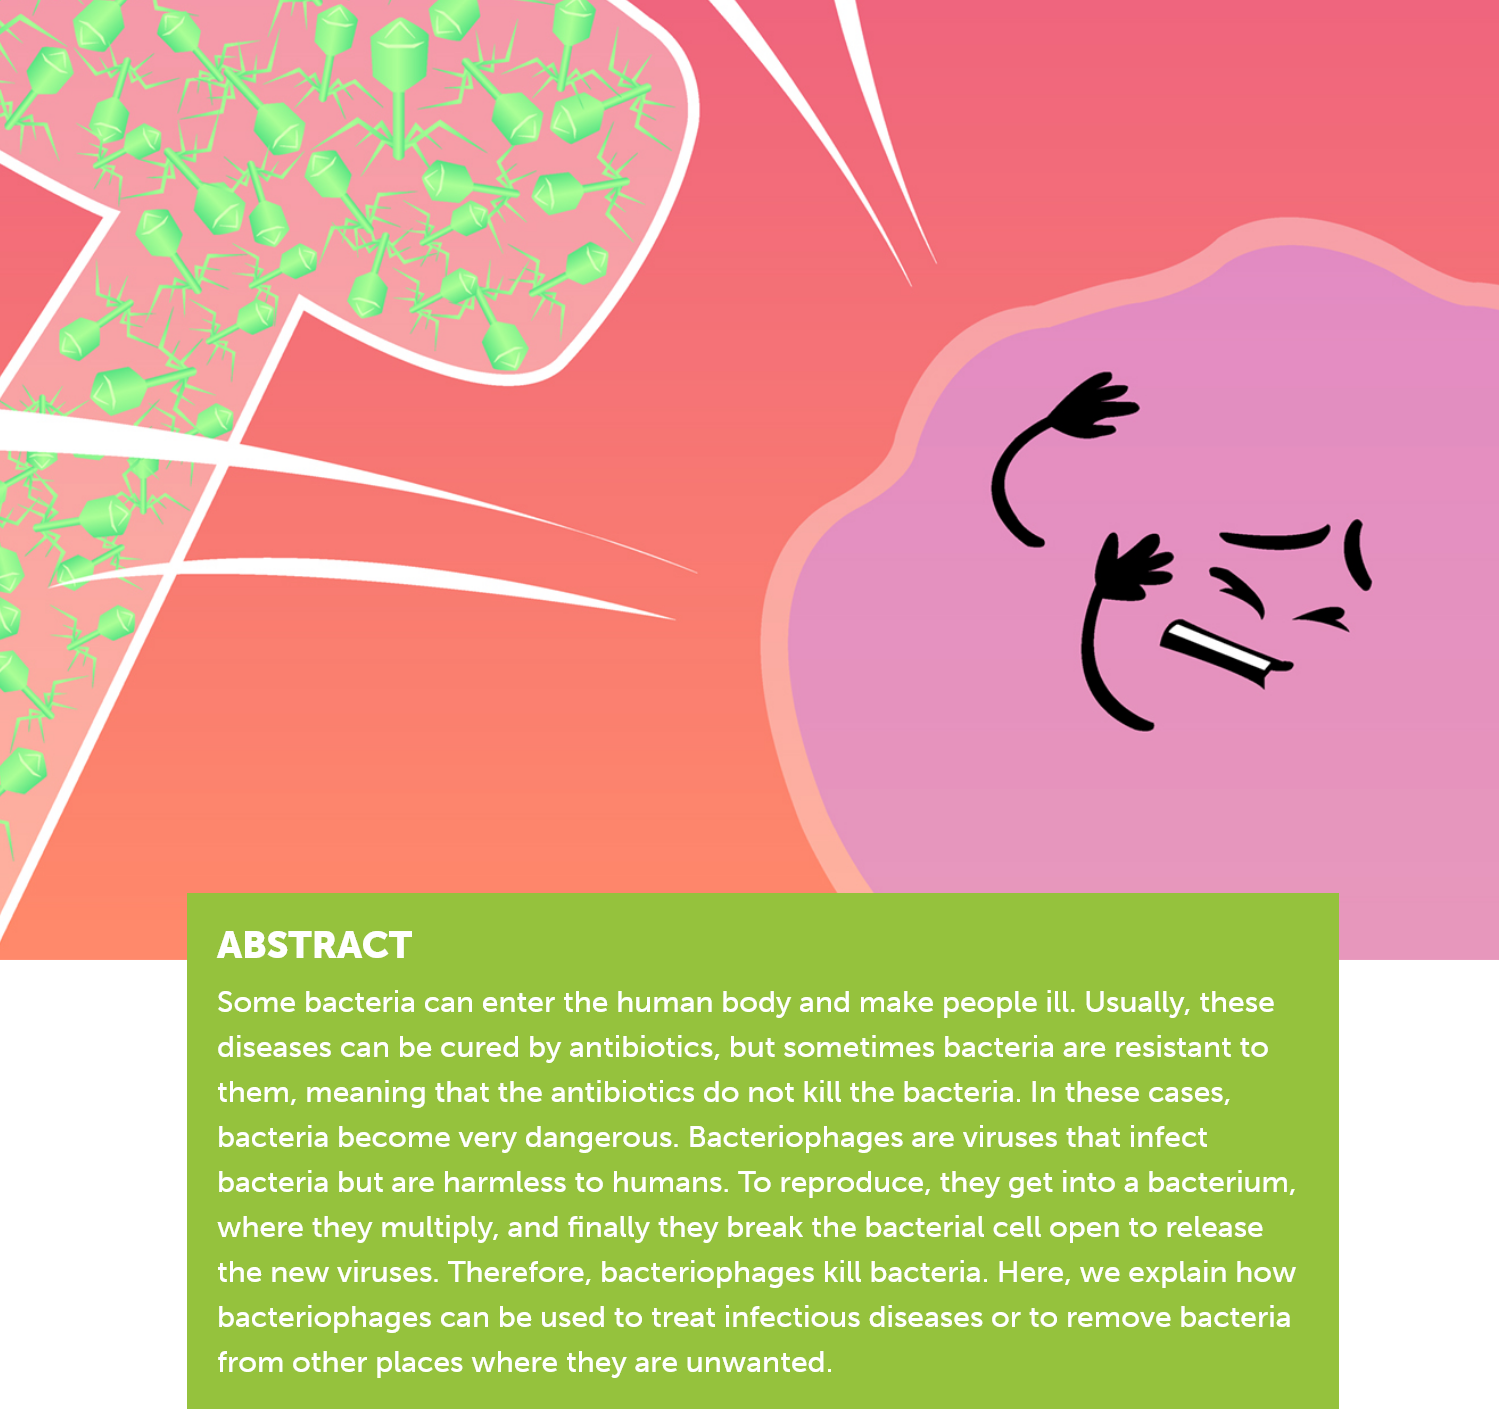
Some bacteria can enter the human body and make people ill. Usually, these
     diseases can be cured by antibiotics, but sometimes bacteria are resistant to
     them, meaning that the antibiotics do not kill the bacteria. In these cases,
     bacteria become very dangerous. Bacteriophages are viruses that infect
     bacteria but are harmless to humans. To reproduce, they get into a bacterium,
     where they multiply, and finally they break the bacterial cell open to release
     the new viruses. Therefore, bacteriophages kill bacteria. Here, we explain how
     bacteriophages can be used to treat infectious diseases or to remove bacteria
     from other places where they are unwanted.
     ABSTRACT